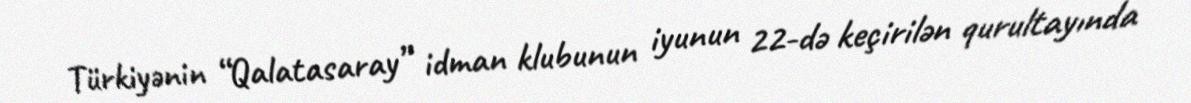
Türkiyənin “Qalatasaray” idman klubunun iyunun 22-də keçirilən qurultayında